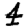
Digit: 4